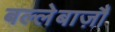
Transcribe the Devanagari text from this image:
बल्लेबाज़ौं